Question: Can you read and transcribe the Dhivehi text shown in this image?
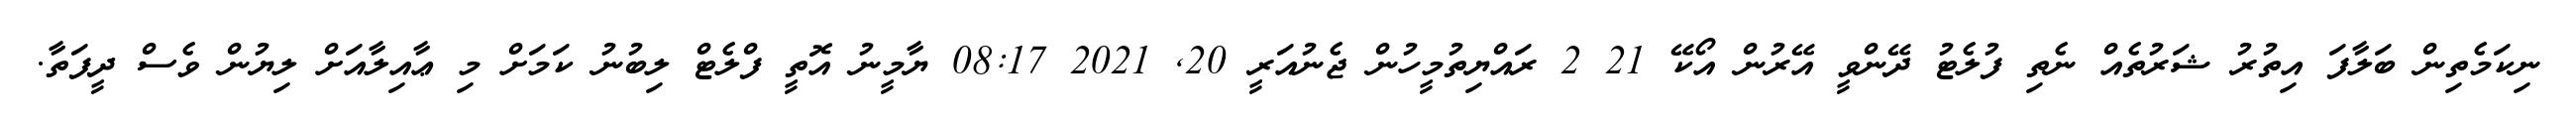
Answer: ނިކަމެތިން ބަލާފަ އިތުރު ޝަރުތެއް ނެތި ފުލެޓު ދޭންވީ އޭރުން އޯކޭ 21 2 ރައްޔިތުމީހުން ޖެނުއަރީ 20, 2021 08:17 ޔާމީނު އޮތީ ފްލެޓް ލިބުނު ކަމަށް މި ޢާއިލާއަށް ލިޔުން ވެސް ދީފަތާ.